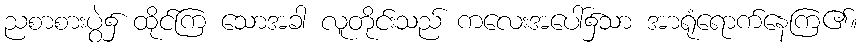
ညစာစားပွဲ၌ ထိုင်ကြ သောအခါ လူတိုင်းသည် ကလေးအပေါ်၌သာ အာရုံရောက်နေကြ၏။